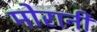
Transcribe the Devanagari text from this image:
मोरानी